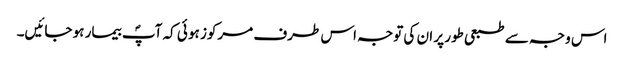
اس وجہ سے طبعی طور پر ان کی توجہ اس طرف مرکوز ہو ئی کہ آپؐ بیمار ہو جائیں۔